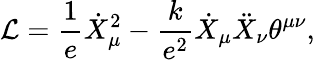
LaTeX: {\cal L}=\frac{1}{e}\dot{X}_{\mu}^{2}-\frac{k}{e^{2}}\dot{X}_{\mu}\ddot{X}_{\nu}\theta^{\mu\nu},